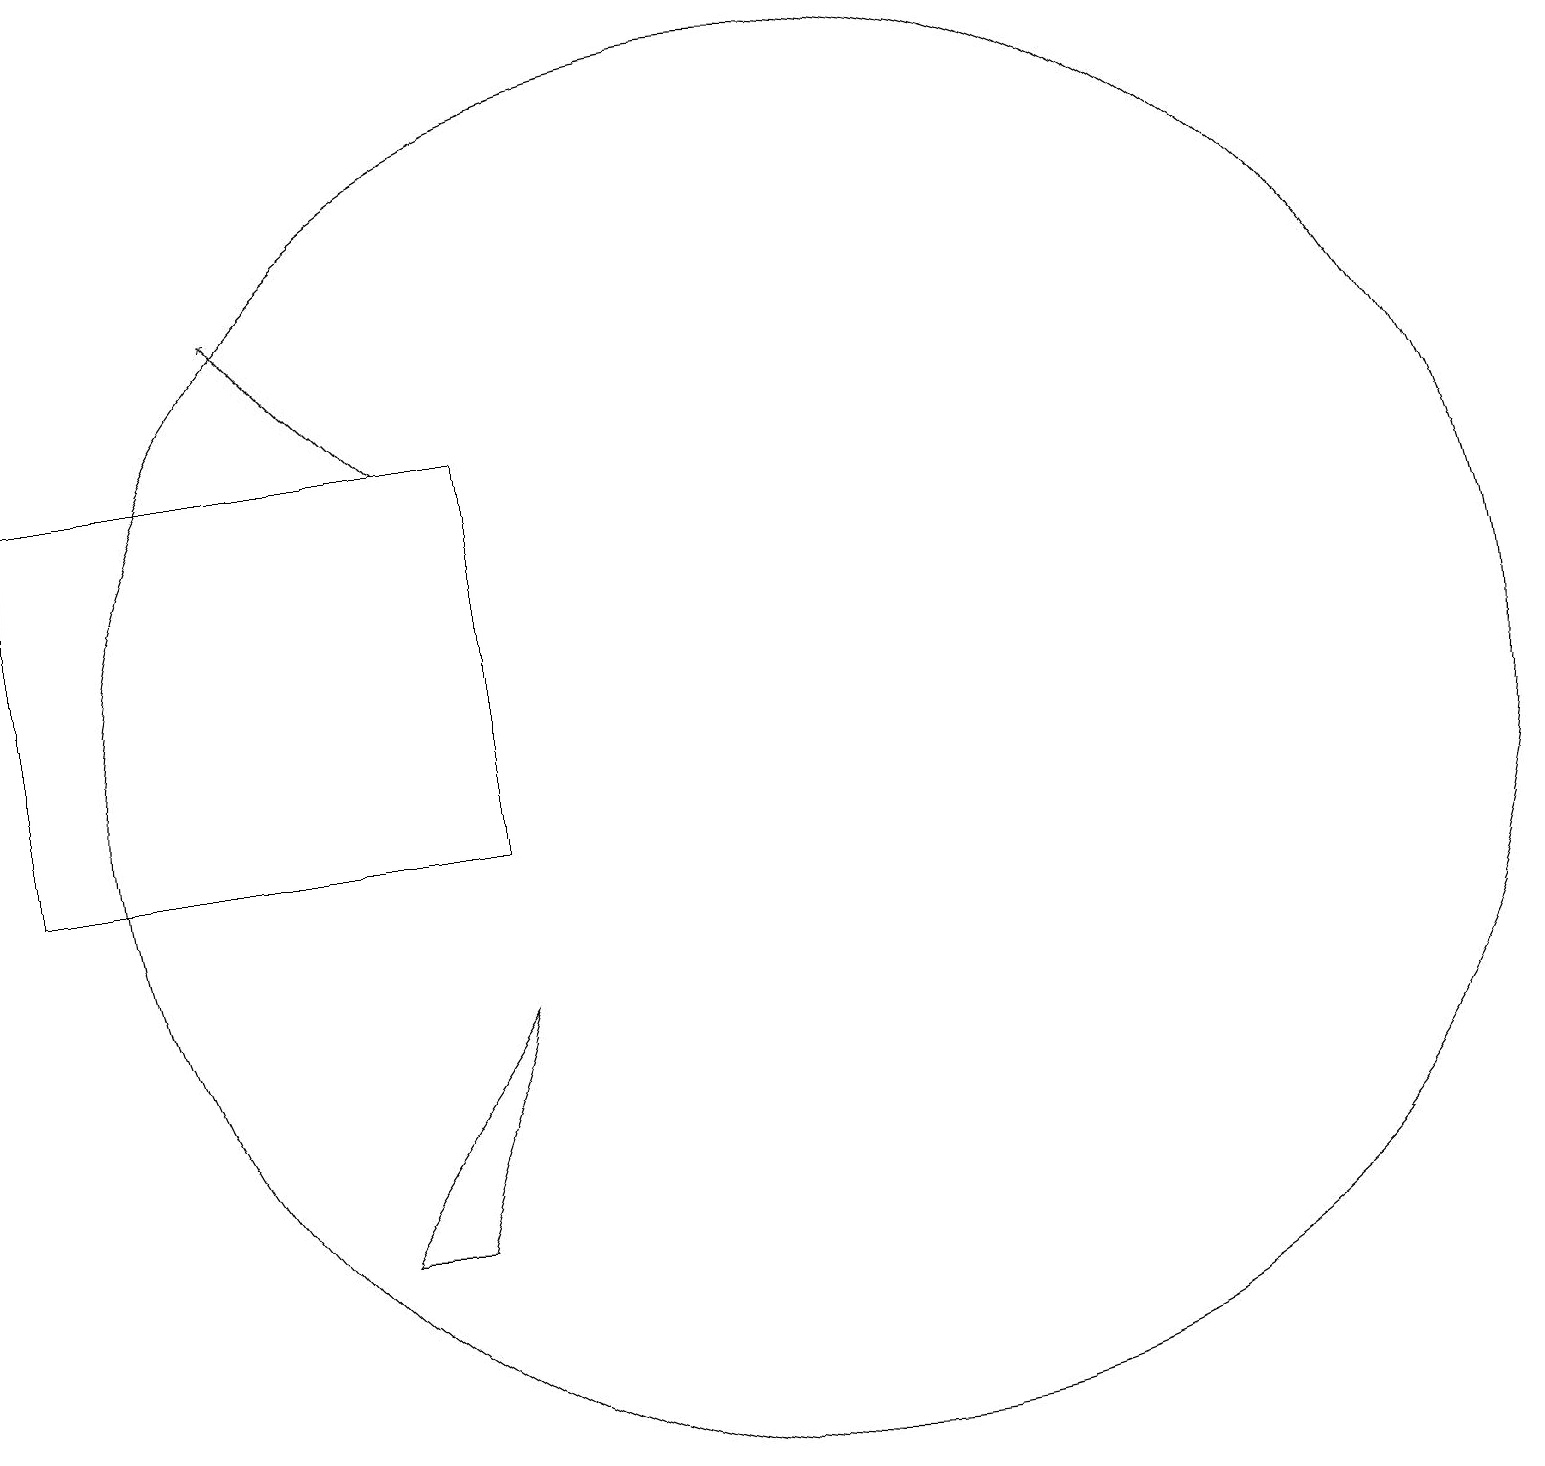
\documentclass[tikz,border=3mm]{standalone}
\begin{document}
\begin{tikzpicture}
\draw (10,10) circle (0);
\draw (2,15) rectangle (2,13);
\draw (2,17) rectangle (2,10);
\draw (10,11) circle (0);
\draw (12,11) circle (9);
\draw (7,5) -- (8,8) -- (6,5) -- cycle;
\draw (2,15) rectangle (8,10);
\draw[->] (7,15) -- (5,17);
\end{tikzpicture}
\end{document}